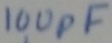
Text: 100pF